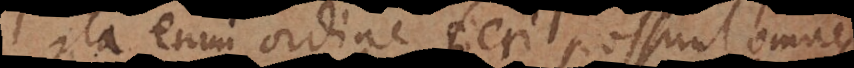
ita enim ordine fieri possunt omnes